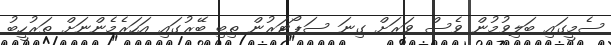
ސެމީގައި ބަލިވުމުން ވެސް ވަރަށް ގިނަ ސަޕޯޓަރުން ތިބި ބޭރުގައި އަހަރެމެންނަށް ތަރުހީބު